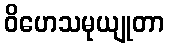
ဝိဟေသမုယျုတာ